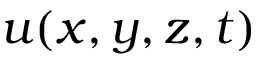
u ( x , y , z , t )